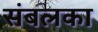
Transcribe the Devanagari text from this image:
संबलका